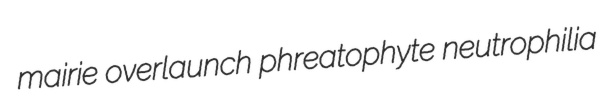
mairie overlaunch phreatophyte neutrophilia